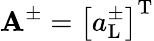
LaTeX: \mathbf{A}^{\pm}=\left[a_{\mathrm{L}}^{\pm}\right]^{\mathrm{T}}